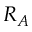
R _ { A }